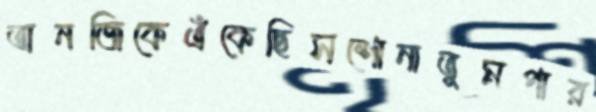
তানজিকেএঁকেছিসশোনাতুমপার